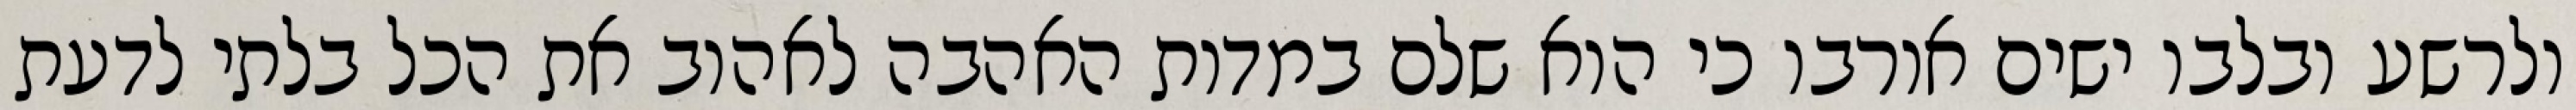
ולרשע ובלבו ישים אורבו כי הוא שלם במדות האהבה לאהוב את הכל בלתי לדעת